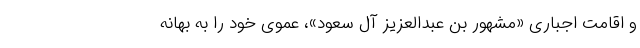
و اقامت اجباری «مشهور بن عبدالعزیز آل سعود»، عموی خود را به بهانه